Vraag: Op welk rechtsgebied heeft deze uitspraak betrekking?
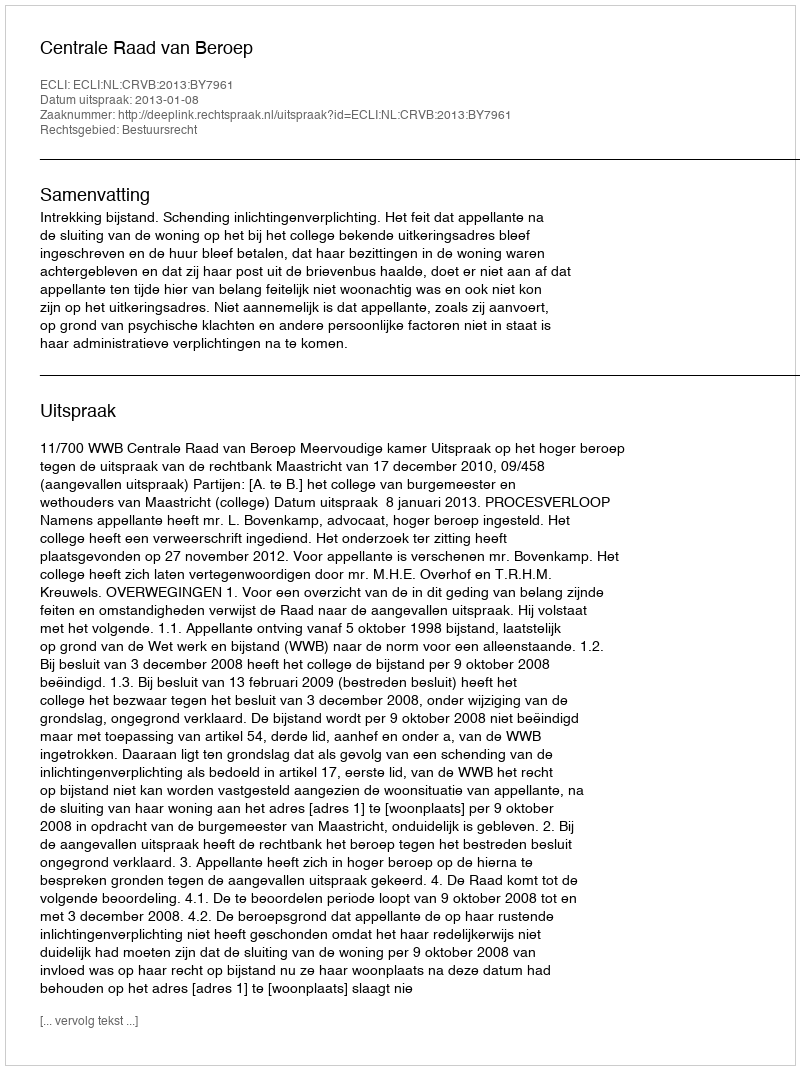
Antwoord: Bestuursrecht